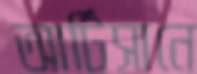
আর্টিসানে